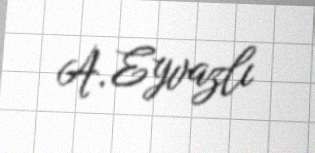
A. Eyvazlı